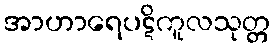
အာဟာရေပဋိကူလသုတ္တ